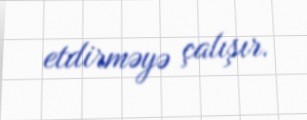
etdirməyə çalışır.